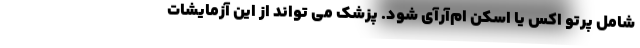
شامل پرتو اکس یا اسکن ام‌آر‌آی شود. پزشک می تواند از این آزمایشات